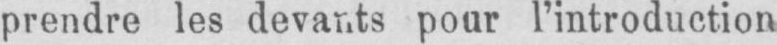
prendre les devants pour l’introduction